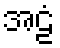
အဠံ